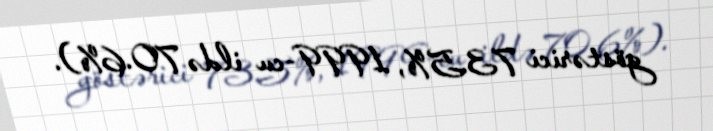
göstərici 73.5%, 1999-cu ildə 70.6%).